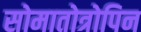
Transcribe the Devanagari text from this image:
सोमातोत्रोपिन